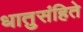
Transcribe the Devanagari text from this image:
धातुसंहिते